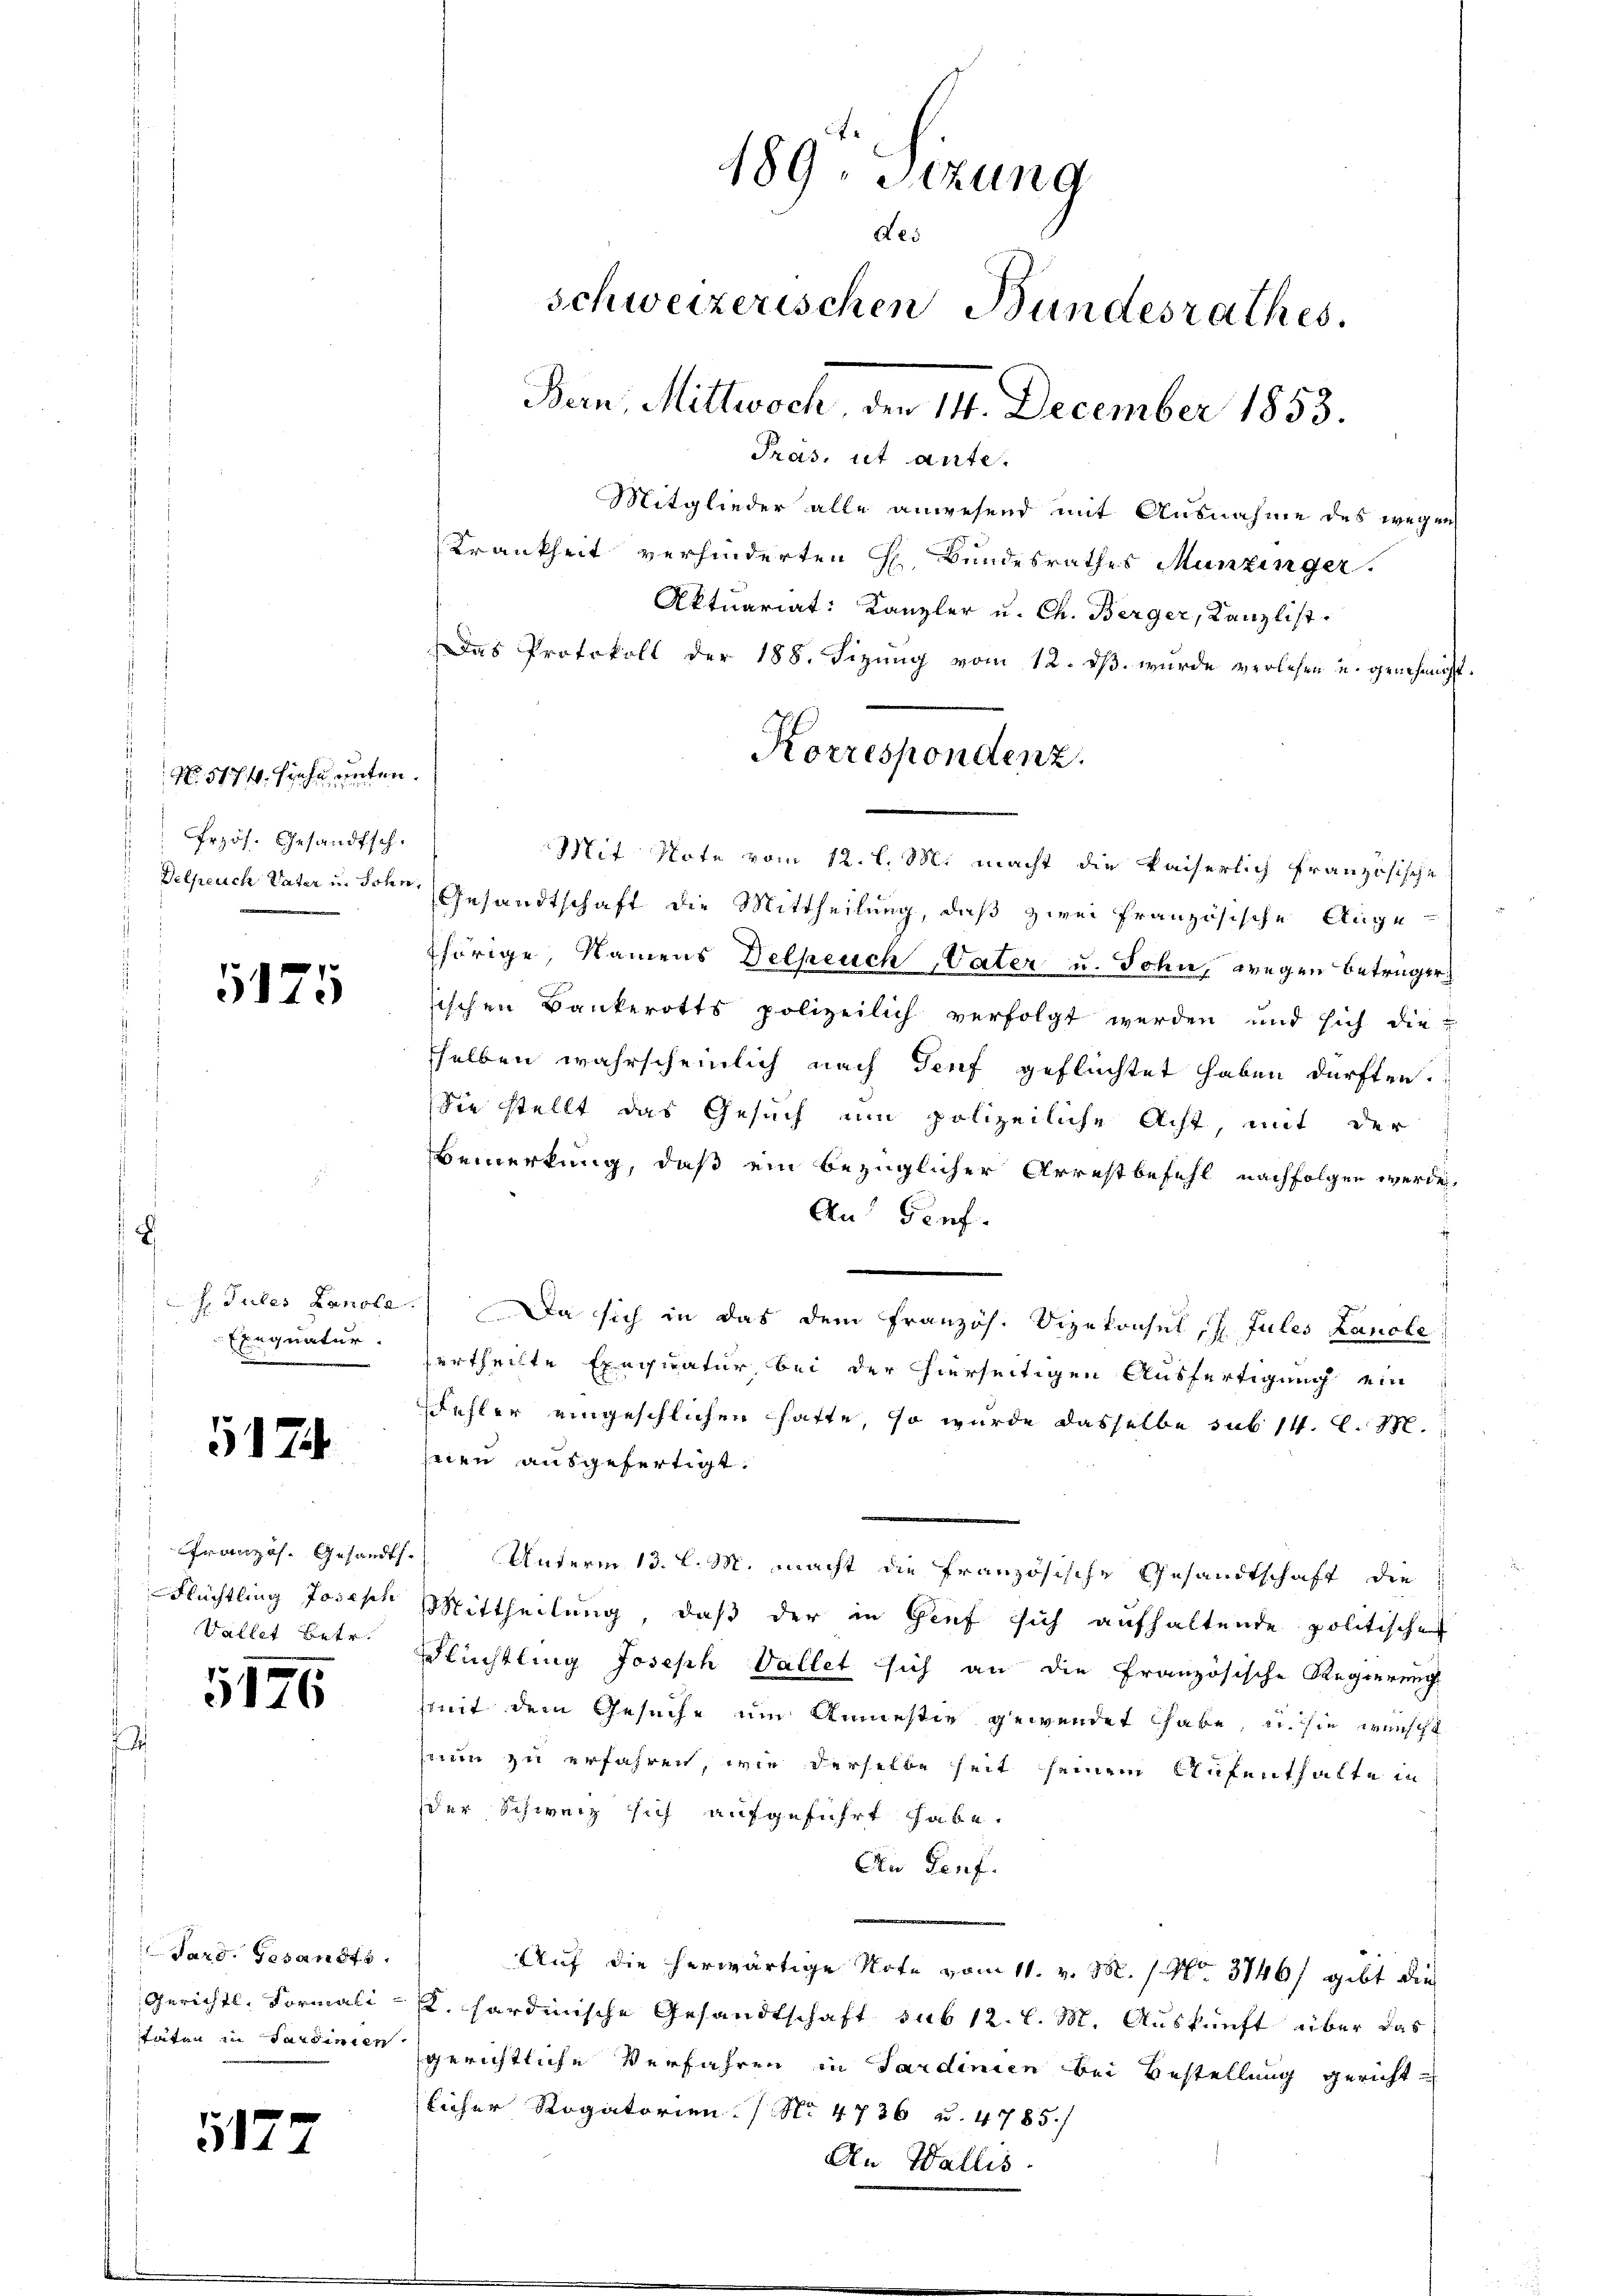
No. 5174. Siehe unten.
Crzös. Gesandtsch.

1125

Exequatur.

5174

Französ. Gesandts
Flüchtling Josephi
Vallet betr.

5176

Pard. Gesandts
Gerichts, Formali
täten in Sardinien

5177

189. Sitzung
des
schweizerischen Bundesrathes.
Bern, Mittwoch den 14. December 1853.
Pras. ist ante.
Mitglieder alle anwesend mit Ausnahme des wegen
Krankheit verhinderten H. Bundesrathes Munzinger.
Aktuariat: Kanzler u. Ch. Berger, Kanzlist.
Das Protokoll der 188. Sizŭng vom 12. dβ. wurde verlesen u. genehmigt.

Korrespondenz.

Mit Note vom 12. l. M. macht die kaiserlich französische
Delpeuch Vater u. dote Gesandtschaft die Mittheilung, daß zwei Französische Auge-
thörige, Namens Delpeuch, Vater u. John, wegen Betrüger
sischen Bankerotts polizeilich verfolgt werden und sich die
selben wahrscheinlich nach Genf geflüchtet haben dürften.
Sie stellt das Gesuch um polizeiliche Acht, mit der
Bemerkung, daß ein bezüglicher Arrestbefehl nachfolgen werde
An Genf.
h. Jules Lanole. Da sich in das dem Französ. Vizekonsul, 7. Jules Lanole
ertheilte Exequatur bei der hierseitigen Ausfertigung ein
Fehler eingeschlichen hatte, so wurde dasselbe sub 14. d. M.
nien ausgefertigt.
f. Unterm 13. l. M. macht die französische Gesandtschaft die
Mittheilung, daß der in Genf sich aufhaltende politische
Flüchtling Joseph Vallet sich an die Französische Regierung
mit dem Gesuche um Anmestiv gewendet habe, u. sie wünscht
saun zu erfahren, wie derselbe seit seinem Aufenthalte in
der Schweiz sich aufgeführt habe.
An Genf.
Auf die herwärtige Note vom 11. v. M. 1. No. 3746/ gibt die
. hardinische Gesandtschaft sub 12. l. M. Auskunft über das
gerichtliche Verfahren in Sardinien bei Bestellung gerichtlicher Rogatorien. No 4736 u. 4785/
An Wallis.